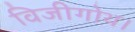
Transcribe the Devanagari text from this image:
विजीगोथ।